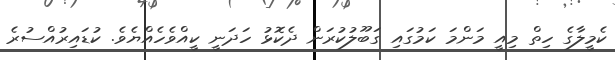
ކެމީލާގެ ހިތް މިއީ މަންމަ ކަމުގައި ގަބޫލުކުރަން ދެކޮޅު ހަދަނީ ކީއްވެހެއްޔެވެ. ކުޑައިރުއްސުރެ